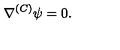
\nabla ^ { ( C ) } \psi = 0 .